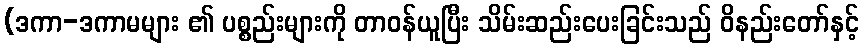
(ဒကာ-ဒကာမများ ၏ ပစ္စည်းများကို တာဝန်ယူပြီး သိမ်းဆည်းပေးခြင်းသည် ဝိနည်းတော်နှင့်